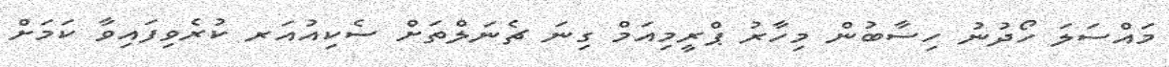
މައްސަލަ ހޯދުނު ހިސާބުން މިހާރު ޕްރީމިއަމް ގިނަ ޗެނަލްތަށް ސެކިއުއަރ ކުރެވިފައިވާ ކަމަށް